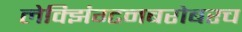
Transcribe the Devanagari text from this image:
लेक्झिंग्टनबरोबरच